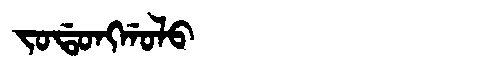
Manchu: ᠵᠣᡩᠣᠩᡤᠣᠯᠣ
Romanization: JODONGGOLO